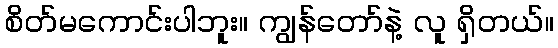
စိတ်မကောင်းပါဘူး။ ကျွန်တော်နဲ့ လူ ရှိတယ်။